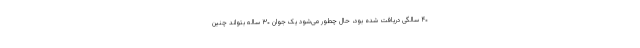
۴۰ سالگی دریافت شده بود، حال چطور می‌شود یک جوان ۳۰ ساله بتواند چنین